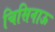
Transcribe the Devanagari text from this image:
चिसिनाऊ